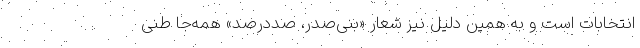
انتخابات است و به همین دلیل نیز شعار «بنی‌صدر، صددرصد» همه‌جا طنی